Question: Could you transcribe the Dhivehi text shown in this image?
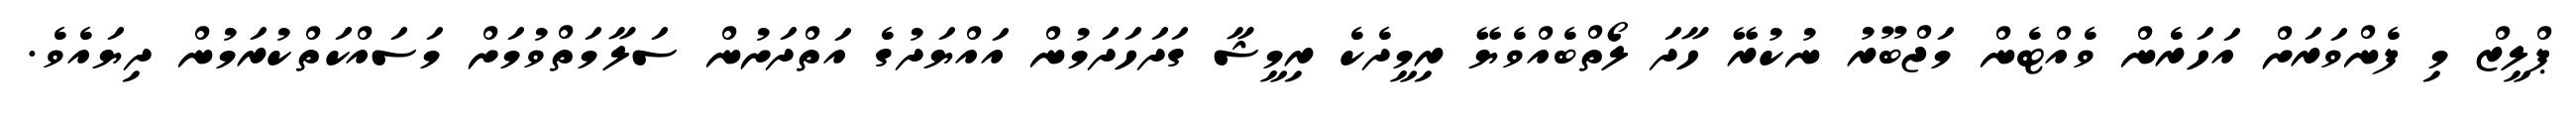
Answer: ޕްލީޒް މި ފެންވަރަށް އަހަރެން ވެއްޓެން މަޖްބޫރު ނުކުރޭ ހާދަ ލޯތްބެއްވެޔޭ ރިމީދެކެ ރިމީޝާ ގަދަހަދަމުން އައްޔަދުގެ އަތްދަށުން ސަލާމަތްވުމަށް މަސައްކަތްކުރަމުން ދިޔައެވެ.